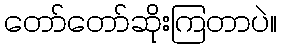
တော်တော်ဆိုးကြတာပဲ။